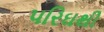
પરિઘથી